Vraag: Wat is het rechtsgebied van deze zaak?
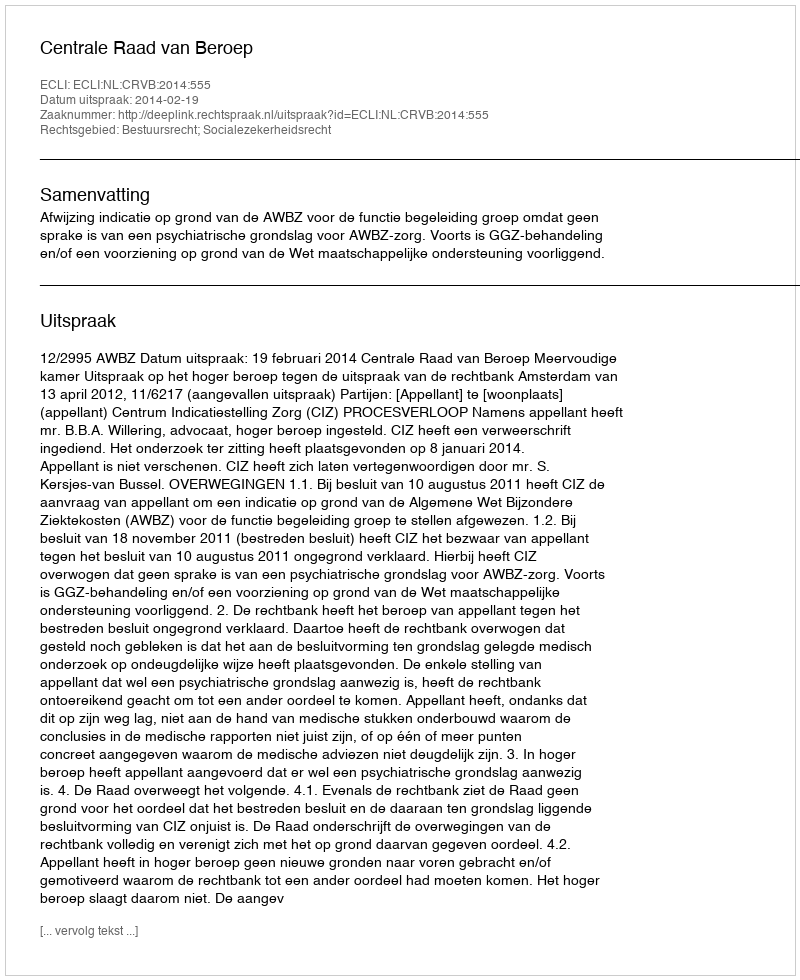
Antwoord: Bestuursrecht; Socialezekerheidsrecht